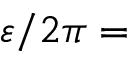
\varepsilon / 2 \pi =